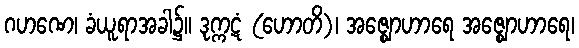
ဂဟဏေ၊ ခံယူရာအခါ၌။ ဒုက္ကဋံ (ဟောတိ)၊ အဇ္ဈောဟာရေ အဇ္ဈောဟာရေ၊